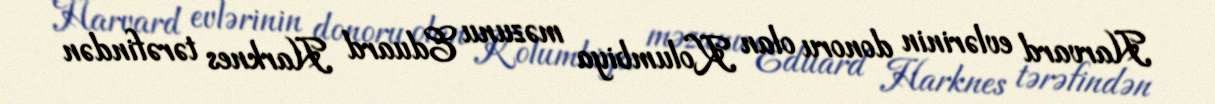
Harvard evlərinin donoru olan Kolumbiya məzunu Eduard Harknes tərəfindən